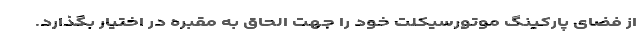
از فضای پارکینگ موتورسیکلت خود را جهت الحاق به مقبره در اختیار بگذارد.